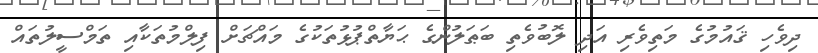
ދިވެހި ޤައުމުގެ މަތިވެރި އަދި ލޮބުވެތި ބަޠަލުންގެ ޙަޔާތްޕުޅުތަކުގެ މައްޗަށް ފިލްމުތަކާއި ތަމްސީލުތައް